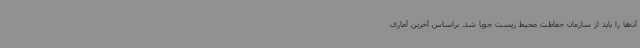
آن‌ها را باید از سازمان حفاظت محیط زیست جویا شد. براساس آخرین آماری